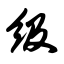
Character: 级